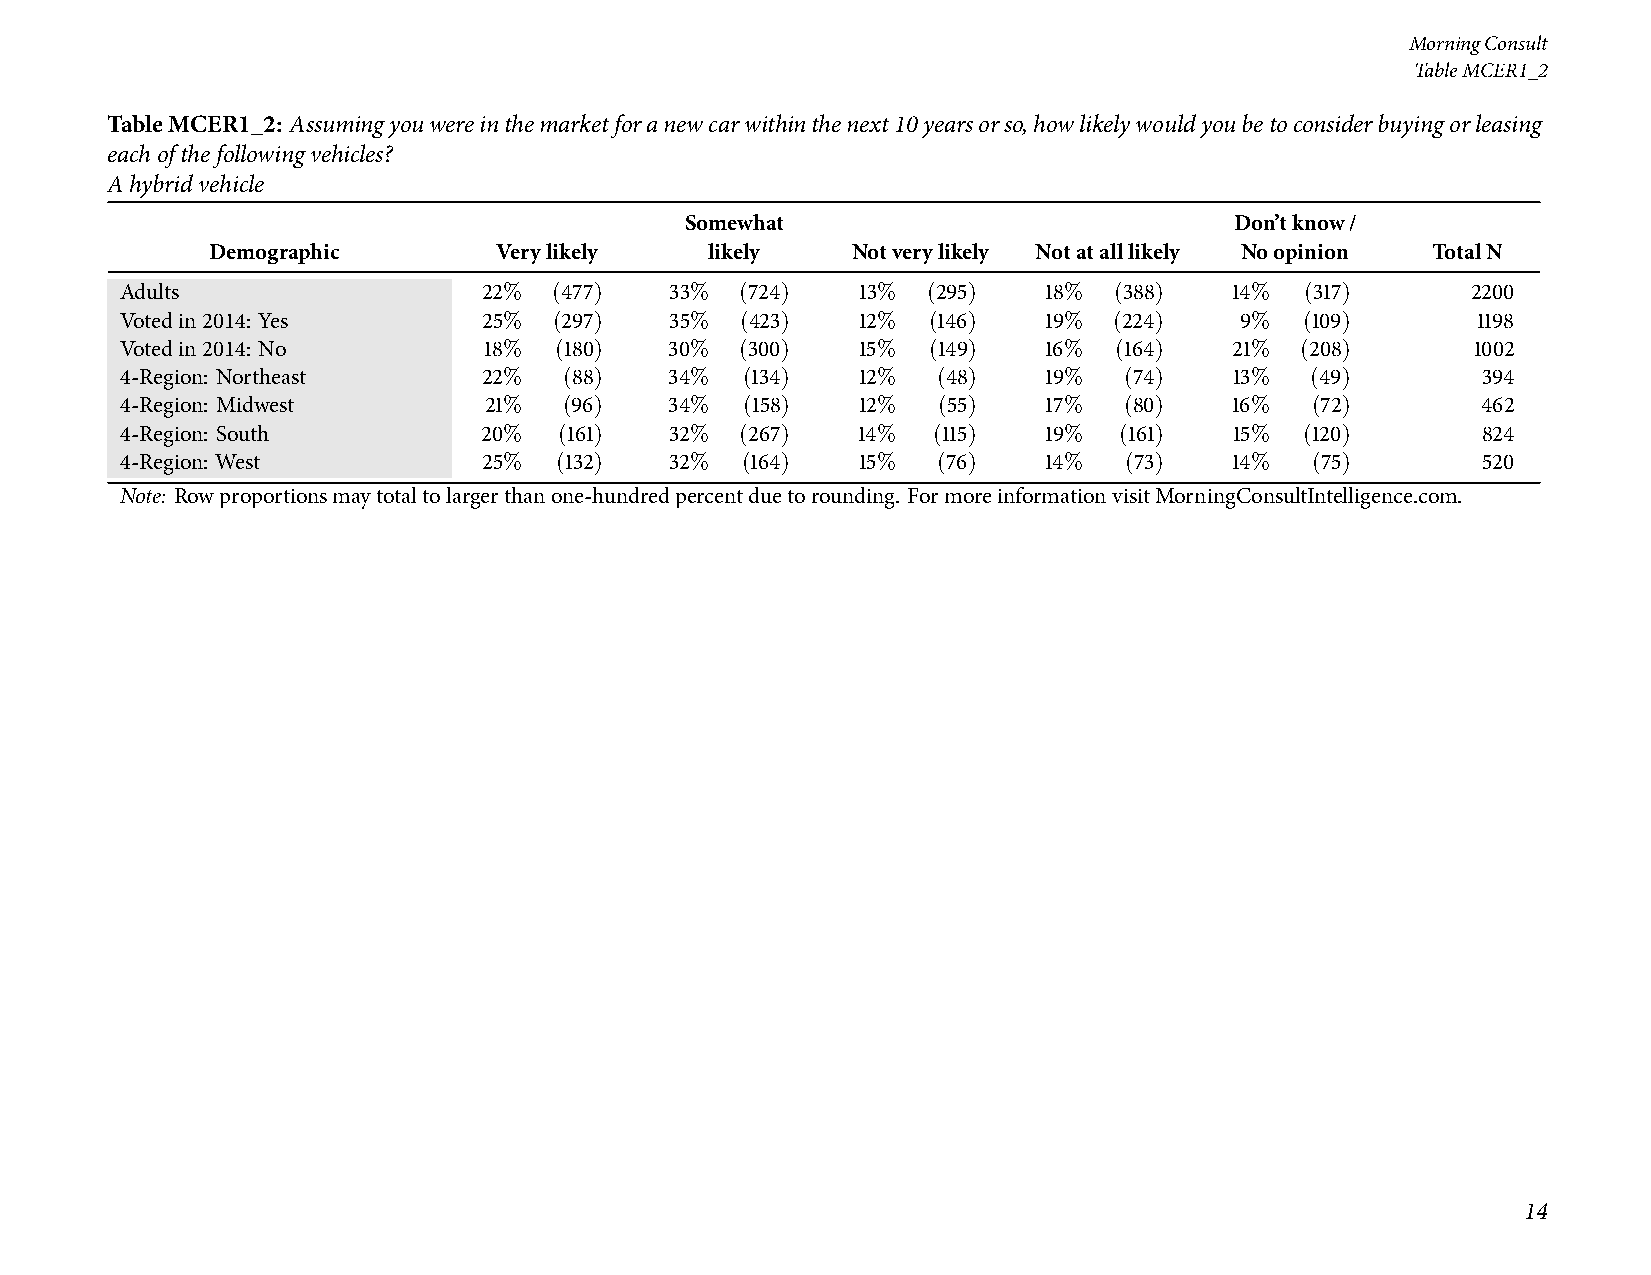
MorningConsult
 TableMCER1_2
 TableMCER1_2: Assumingyouwereinthemarketforanewcarwithinthenext10yearsorso,howlikelywouldyoubetoconsiderbuyingorleasing
 eachofthefollowingvehicles?
 Ahybridvehicle
 Somewhat                             Don’tknow/
 Demographic        Verylikely    likely   Notverylikely Notatalllikely Noopinion TotalN
 Adults                  22%  (477)  33%  (724)   13% (295)   18%  (388)  14%  (317)      2200
 Votedin2014: Yes        25%  (297)  35%  (423)   12% (146)   19%  (224)   9%  (109)       1198
 Votedin2014: No         18%  (180)  30%  (300)   15% (149)   16%  (164)   21% (208)       1002
 4-Region: Northeast     22%  (88)   34%  (134)   12%  (48)   19%  (74)    13%  (49)       394
 4-Region: Midwest       21%  (96)   34%  (158)   12%  (55)   17%  (80)    16%  (72)       462
 4-Region: South         20%  (161)  32%  (267)   14%  (115)  19%  (161)   15% (120)       824
 4-Region: West          25%  (132)  32%  (164)   15%  (76)   14%  (73)   14%   (75)       520
 Note: Rowproportionsmaytotaltolargerthanone-hundredpercentduetorounding. FormoreinformationvisitMorningConsultIntelligence.com.
 14